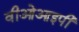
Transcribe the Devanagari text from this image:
वीओआइपी